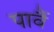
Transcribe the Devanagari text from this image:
पावैं